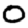
Digit: 0